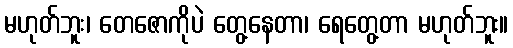
မဟုတ်ဘူး၊ တေဇောကိုပဲ တွေ့နေတာ၊ ရေတွေ့တာ မဟုတ်ဘူး။